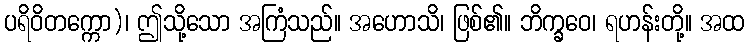
ပရိဝိတက္ကော)၊ ဤသို့သော အကြံသည်။ အဟောသိ၊ ဖြစ်၏။ ဘိက္ခဝေ၊ ရဟန်းတို့။ အထ